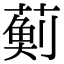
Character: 𮑊